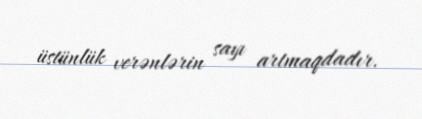
üstünlük verənlərin sayı artmaqdadır.